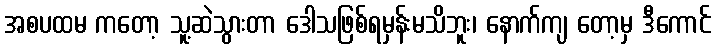
အစပထမ ကတော့ သူ့ဆဲသွားတာ ဒေါသဖြစ်ရမှန်းမသိဘူး၊ နောက်ကျ တော့မှ ဒီကောင်